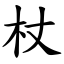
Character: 杖